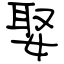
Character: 娶